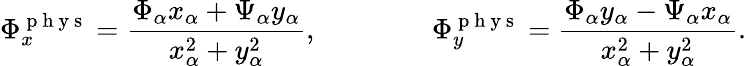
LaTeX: \Phi_{x}^{\mathrm{~p~h~y~s~}}=\frac{\Phi_{\alpha}x_{\alpha}+\Psi_{\alpha}y_{\alpha}}{x_{\alpha}^{2}+y_{\alpha}^{2}},\qquad\qquad\Phi_{y}^{\mathrm{~p~h~y~s~}}=\frac{\Phi_{\alpha}y_{\alpha}-\Psi_{\alpha}x_{\alpha}}{x_{\alpha}^{2}+y_{\alpha}^{2}}.